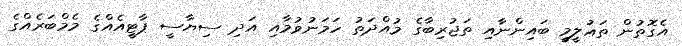
އެގޮތުން ތަޢުލީމީ ބައިންނާއި ތަޖުރިބާގެ މުއްދަތު ހަމަނުވުމާއި އަދި ސިޔާސީ ޕާޓީއެއްގެ މެމްބަރެއްގެ